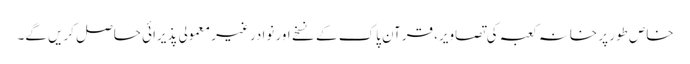
خاص طور پر خانہ کعبہ کی تصاویر، قرآن پاک کے نسخے اور نوادر غیر معمولی پذیرائی حاصل کریں گے۔